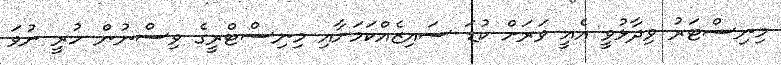
މިނިސްޓަރު ވިދާޅުވީ އެއީ ވަރަށް ކުޑަ ސައިޒެއްކަމަށާއި މިނިސްޓްރީގެ ވިސްނުން ހުރީ ނުވަ